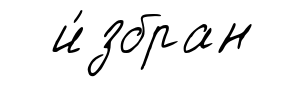
и́збран